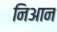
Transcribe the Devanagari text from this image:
निआन